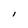
Character: l